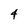
Character: 4